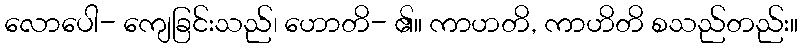
လောပေါ- ကျေခြင်းသည်၊ ဟောတိ- ၏။ ကာဟတိ, ကာဟိတိ စသည်တည်း။